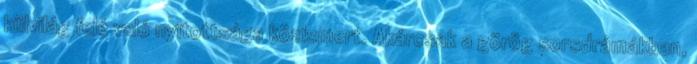
külvilág felé való nyitottsága közismert. Akárcsak a görög sorsdrámákban,